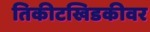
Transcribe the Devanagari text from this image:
तिकीटखिडकीवर